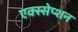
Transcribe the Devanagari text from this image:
एक्स्सेप्शन